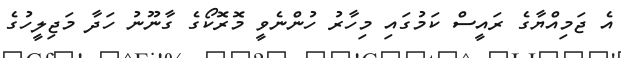
އެ ޖަމިއްޔާގެ ރައީސް ކަމުގައި މިހާރު ހުންނެވީ މޮރޮކޯގެ ގާނޫނު ހަދާ މަޖިލީހުގެ